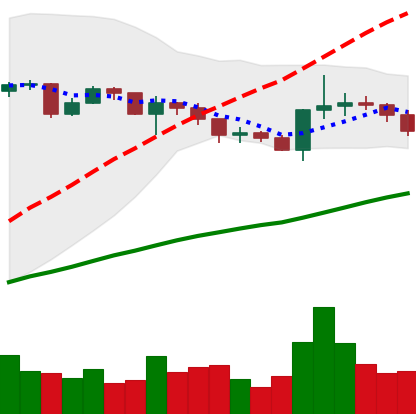
Ticker: XRP-USD
Chart end date: 2020-12-21
Forward return: -42.989%
Label: down_7plus